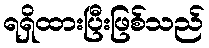
ရရှိထားပြီးဖြစ်သည်